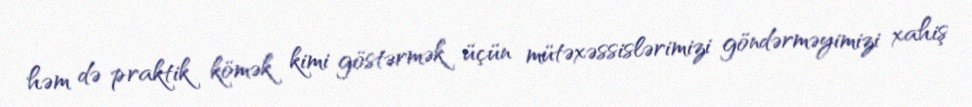
həm də praktik kömək kimi göstərmək üçün mütəxəssislərimizi göndərməyimizi xahiş